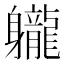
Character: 䡁